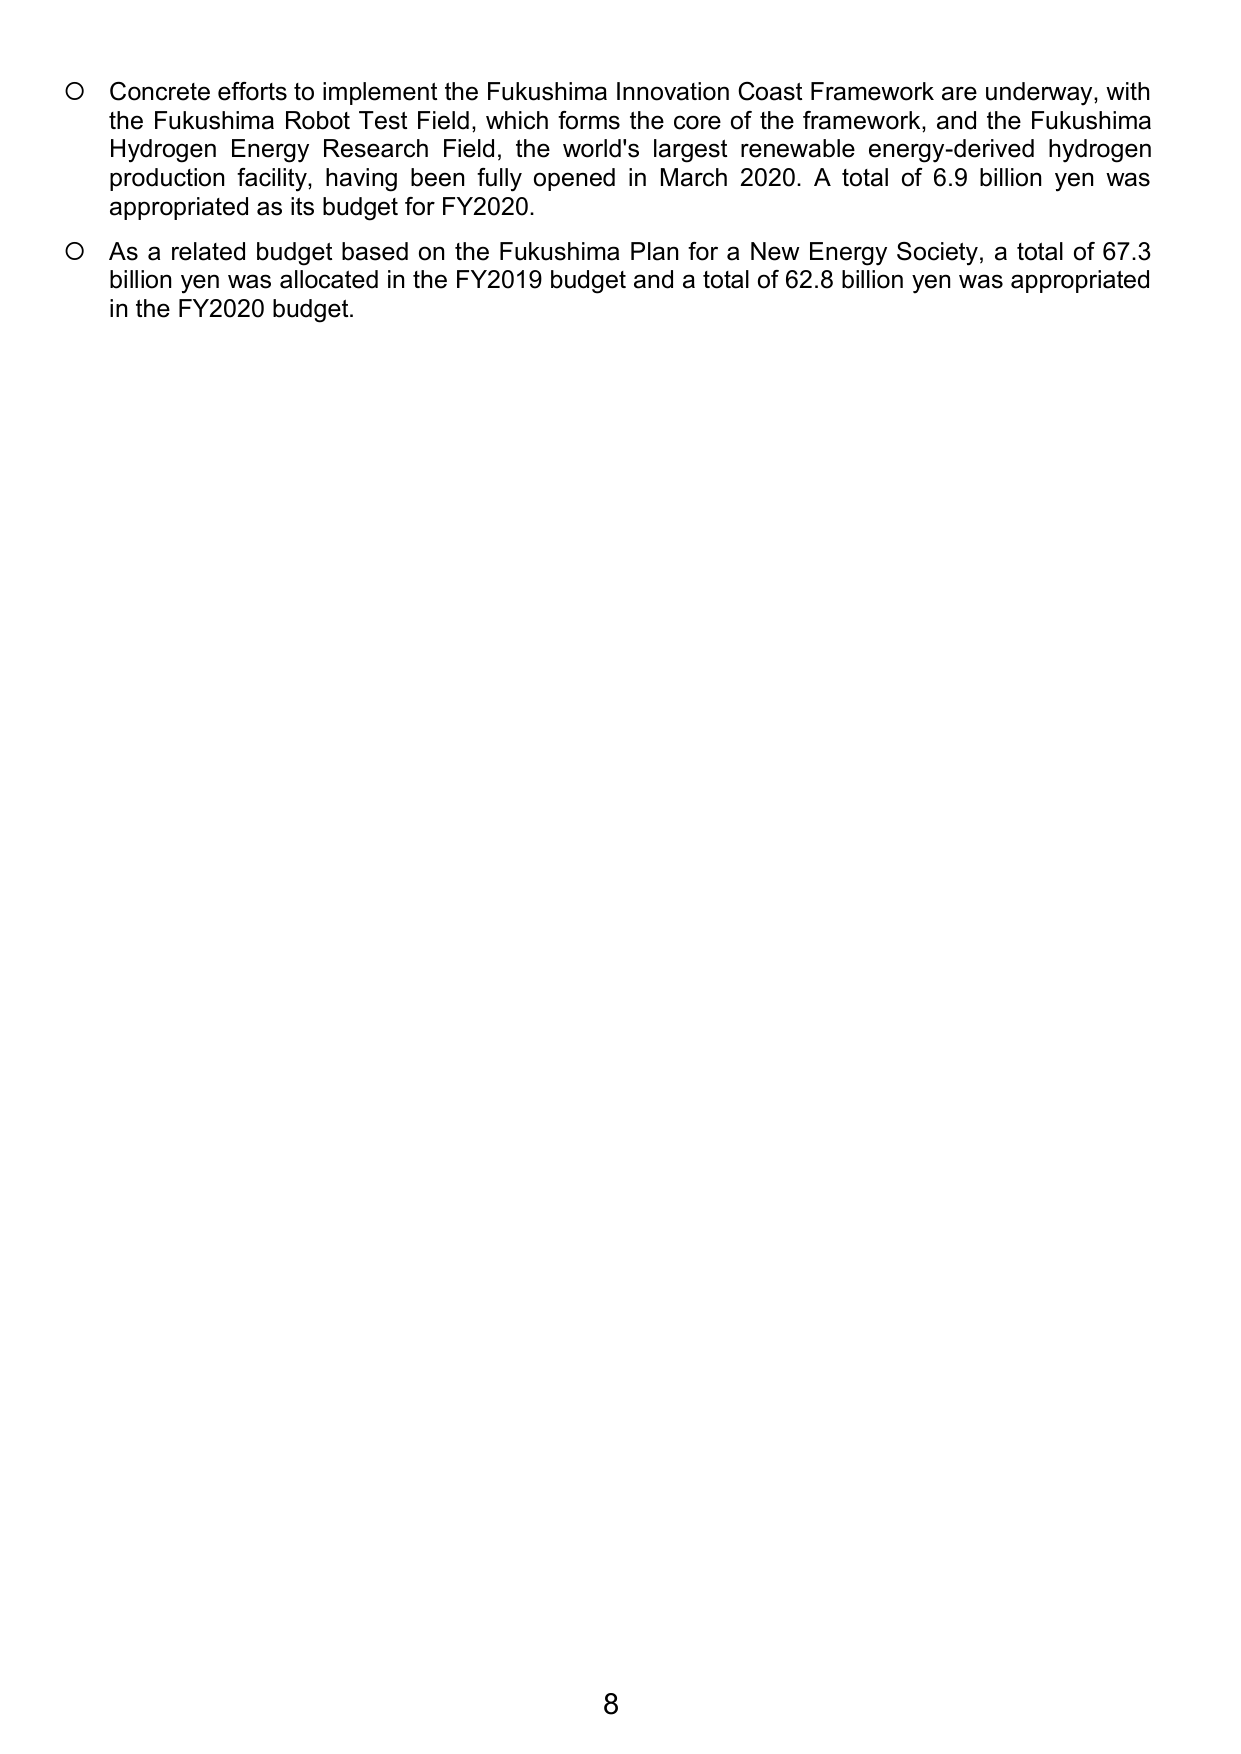
○ Concrete efforts to implement the Fukushima Innovation Coast Framework are underway, with the Fukushima Robot Test Field, which forms the core of the framework, and the Fukushima Hydrogen Energy Research Field, the world's largest renewable energy-derived hydrogen production facility, having been fully opened in March 2020. A total of 6.9 billion yen was appropriated as its budget for FY2020.

○ As a related budget based on the Fukushima Plan for a New Energy Society, a total of 67.3 billion yen was allocated in the FY2019 budget and a total of 62.8 billion yen was appropriated in the FY2020 budget.

8